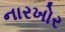
નારખોર